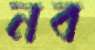
নব